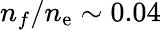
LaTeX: n_{f}/n_{\mathrm{e}}\sim0.04